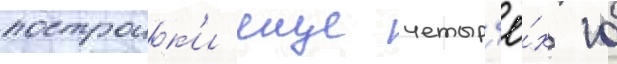
построик'и еще четыр'ё́х 10